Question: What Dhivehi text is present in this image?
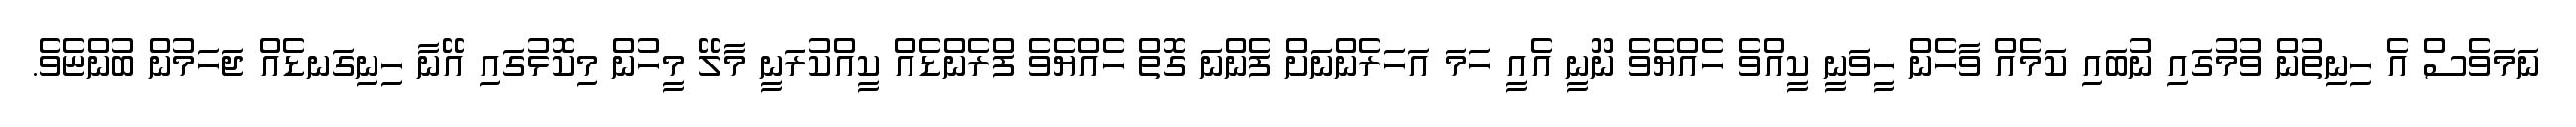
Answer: ނަމަވެސް އެ ހިނިތުން ވުމުގައި ނުބައި ކަމެއް ވާހެން ހީވަނީ ކީއްވެ ހެއްޔެވެ ނޫނީ އެއީ ހަމަ އަހަރެންނަށް ފެންނަ ގޮތް ހެއްޔެވެ ފްރެންޑެއް ކީއްކުރަނީ މާލޭ މީހުން މިކޮޅުގައި އޭނާ ހިނިގަނޑެއް ޖަހަމުން ބުންޏެވެ.